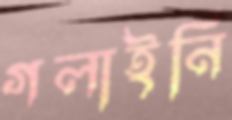
গলাইনি